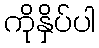
ကိုနှိပ်ပါ